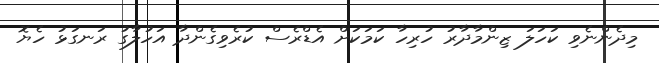
މިދެންނެވި ކަހަލަ ޒިންމާދާރު ހުރިހާ ކަމަކަށް އެޑްރެސް ކުރެވިގެންދާ އަހުލާގު ރަނގަޅު ހެޔޮ